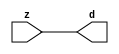

//------> /package/eda/mg/Catapult_10.3d/Mgc_home/pkgs/siflibs/mgc_in_wire_v2.v 
//------------------------------------------------------------------------------
// Catapult Synthesis - Sample I/O Port Library
//
// Copyright (c) 2003-2017 Mentor Graphics Corp.
//       All Rights Reserved
//
// This document may be used and distributed without restriction provided that
// this copyright statement is not removed from the file and that any derivative
// work contains this copyright notice.
//
// The design information contained in this file is intended to be an example
// of the functionality which the end user may study in preparation for creating
// their own custom interfaces. This design does not necessarily present a 
// complete implementation of the named protocol or standard.
//
//------------------------------------------------------------------------------


module mgc_in_wire_v2 (d, z);

  parameter integer rscid = 1;
  parameter integer width = 8;

  output [width-1:0] d;
  input  [width-1:0] z;

  wire   [width-1:0] d;

  assign d = z;

endmodule


//------> /package/eda/mg/Catapult_10.3d/Mgc_home/pkgs/siflibs/ccs_in_v1.v 
//------------------------------------------------------------------------------
// Catapult Synthesis - Sample I/O Port Library
//
// Copyright (c) 2003-2017 Mentor Graphics Corp.
//       All Rights Reserved
//
// This document may be used and distributed without restriction provided that
// this copyright statement is not removed from the file and that any derivative
// work contains this copyright notice.
//
// The design information contained in this file is intended to be an example
// of the functionality which the end user may study in preparation for creating
// their own custom interfaces. This design does not necessarily present a 
// complete implementation of the named protocol or standard.
//
//------------------------------------------------------------------------------


module ccs_in_v1 (idat, dat);

  parameter integer rscid = 1;
  parameter integer width = 8;

  output [width-1:0] idat;
  input  [width-1:0] dat;

  wire   [width-1:0] idat;

  assign idat = dat;

endmodule


//------> /package/eda/mg/Catapult_10.3d/Mgc_home/pkgs/siflibs/ccs_out_v1.v 
//------------------------------------------------------------------------------
// Catapult Synthesis - Sample I/O Port Library
//
// Copyright (c) 2003-2015 Mentor Graphics Corp.
//       All Rights Reserved
//
// This document may be used and distributed without restriction provided that
// this copyright statement is not removed from the file and that any derivative
// work contains this copyright notice.
//
// The design information contained in this file is intended to be an example
// of the functionality which the end user may study in preparation for creating
// their own custom interfaces. This design does not necessarily present a 
// complete implementation of the named protocol or standard.
//
//------------------------------------------------------------------------------

module ccs_out_v1 (dat, idat);

  parameter integer rscid = 1;
  parameter integer width = 8;

  output   [width-1:0] dat;
  input    [width-1:0] idat;

  wire     [width-1:0] dat;

  assign dat = idat;

endmodule




//------> /package/eda/mg/Catapult_10.3d/Mgc_home/pkgs/siflibs/mgc_io_sync_v2.v 
//------------------------------------------------------------------------------
// Catapult Synthesis - Sample I/O Port Library
//
// Copyright (c) 2003-2017 Mentor Graphics Corp.
//       All Rights Reserved
//
// This document may be used and distributed without restriction provided that
// this copyright statement is not removed from the file and that any derivative
// work contains this copyright notice.
//
// The design information contained in this file is intended to be an example
// of the functionality which the end user may study in preparation for creating
// their own custom interfaces. This design does not necessarily present a 
// complete implementation of the named protocol or standard.
//
//------------------------------------------------------------------------------


module mgc_io_sync_v2 (ld, lz);
    parameter valid = 0;

    input  ld;
    output lz;

    wire   lz;

    assign lz = ld;

endmodule


//------> /package/eda/mg/Catapult_10.3d/Mgc_home/pkgs/ccs_altera/hdl/M10K_DP.v 
// Memory Type:            M10K
// Operating Mode:         Simple Dual Port (2-PORT)
// Clock Mode:             Single Clock

// RTL Code RW Resolution: write-thru 
// Hardware RW Resolution: dont care 
// Catapult RW Resolution: unknown 

// HDL Work Library:       Altera_RAMS_lib
// Component Name:         M10K_DP

module M10K_DP
#(
  parameter data_width = 8,
  parameter addr_width = 7,
  parameter depth = 128 
)(
  clk, adra, adrb, wea, web, da, db, rea, reb, qa, qb
);

  input clk;                     // Rising edge clock
  input [addr_width-1:0] adra;   // Port A - Address
  input [addr_width-1:0] adrb;   // Port B - Address
  input wea;                     // Port A - Write-enable active high
  input web;                     // Port B - Write-enable active high
  input [data_width-1:0] da;     // Port A - Data In
  input [data_width-1:0] db;     // Port B - Data In
  input rea;                     // Port A - Read-enable active high
  input reb;                     // Port B - Read-enable active high
  output[data_width-1:0] qa;     // Port A - Data Out
  output[data_width-1:0] qb;     // Port B - Data Out

  reg [data_width-1:0] qa;
  reg [data_width-1:0] qb;

  (* ramstyle = "no_rw_check, M10K" *)
  reg [data_width-1:0] mem [depth-1:0]; /* synthesis syn_ramstyle = "no_rw_check, M10K" */

  always @(posedge clk) begin
    if (wea) begin
      mem[adra] <= da;
    end
    if (rea) begin
      qa <= mem[adra];
    end
  end

  always @(posedge clk) begin
    if (web) begin
      mem[adrb] <= db;
    end
    if (reb) begin
      qb <= mem[adrb] ;
    end
  end

endmodule


//------> ./rtl.v 
// ----------------------------------------------------------------------
//  HLS HDL:        Verilog Netlister
//  HLS Version:    10.3d/815731 Production Release
//  HLS Date:       Wed Apr 24 14:54:19 PDT 2019
// 
//  Generated by:   695r48@ecegrid-thin4.ecn.purdue.edu
//  Generated date: Wed Nov 10 15:45:23 2021
// ----------------------------------------------------------------------

// 
// ------------------------------------------------------------------
//  Design Unit:    fir_Altera_M10K_M10K_DP_rwport_4_16_5_32_32_16_gen
// ------------------------------------------------------------------


module fir_Altera_M10K_M10K_DP_rwport_4_16_5_32_32_16_gen (
  qb, reb, db, web, adrb, qa, rea, da, wea, adra, adra_d, wea_d, da_d, rea_d, qa_d,
      rwportA_rw_ram_ir_internal_RMASK_B_d, rwportA_rw_ram_ir_internal_WMASK_B_d
);
  input [15:0] qb;
  output reb;
  output [15:0] db;
  output web;
  output [4:0] adrb;
  input [15:0] qa;
  output rea;
  output [15:0] da;
  output wea;
  output [4:0] adra;
  input [9:0] adra_d;
  input [1:0] wea_d;
  input [31:0] da_d;
  input [1:0] rea_d;
  output [31:0] qa_d;
  input [1:0] rwportA_rw_ram_ir_internal_RMASK_B_d;
  input [1:0] rwportA_rw_ram_ir_internal_WMASK_B_d;



  // Interconnect Declarations for Component Instantiations 
  assign qa_d[31:16] = qb;
  assign reb = (rwportA_rw_ram_ir_internal_RMASK_B_d[1]);
  assign db = (da_d[31:16]);
  assign web = (rwportA_rw_ram_ir_internal_WMASK_B_d[1]);
  assign adrb = (adra_d[9:5]);
  assign qa_d[15:0] = qa;
  assign rea = (rwportA_rw_ram_ir_internal_RMASK_B_d[0]);
  assign da = (da_d[15:0]);
  assign wea = (rwportA_rw_ram_ir_internal_WMASK_B_d[0]);
  assign adra = (adra_d[4:0]);
endmodule

// ------------------------------------------------------------------
//  Design Unit:    fir_core_core_fsm
//  FSM Module
// ------------------------------------------------------------------


module fir_core_core_fsm (
  clk, rst, fsm_output, regs_vinit_C_1_tr0, MAC_C_3_tr0
);
  input clk;
  input rst;
  output [9:0] fsm_output;
  reg [9:0] fsm_output;
  input regs_vinit_C_1_tr0;
  input MAC_C_3_tr0;


  // FSM State Type Declaration for fir_core_core_fsm_1
  parameter
    core_rlp_C_0 = 4'd0,
    regs_vinit_C_0 = 4'd1,
    regs_vinit_C_1 = 4'd2,
    main_C_0 = 4'd3,
    main_C_1 = 4'd4,
    MAC_C_0 = 4'd5,
    MAC_C_1 = 4'd6,
    MAC_C_2 = 4'd7,
    MAC_C_3 = 4'd8,
    main_C_2 = 4'd9;

  reg [3:0] state_var;
  reg [3:0] state_var_NS;


  // Interconnect Declarations for Component Instantiations 
  always @(*)
  begin : fir_core_core_fsm_1
    case (state_var)
      regs_vinit_C_0 : begin
        fsm_output = 10'b0000000010;
        state_var_NS = regs_vinit_C_1;
      end
      regs_vinit_C_1 : begin
        fsm_output = 10'b0000000100;
        if ( regs_vinit_C_1_tr0 ) begin
          state_var_NS = regs_vinit_C_0;
        end
        else begin
          state_var_NS = main_C_0;
        end
      end
      main_C_0 : begin
        fsm_output = 10'b0000001000;
        state_var_NS = main_C_1;
      end
      main_C_1 : begin
        fsm_output = 10'b0000010000;
        state_var_NS = MAC_C_0;
      end
      MAC_C_0 : begin
        fsm_output = 10'b0000100000;
        state_var_NS = MAC_C_1;
      end
      MAC_C_1 : begin
        fsm_output = 10'b0001000000;
        state_var_NS = MAC_C_2;
      end
      MAC_C_2 : begin
        fsm_output = 10'b0010000000;
        state_var_NS = MAC_C_3;
      end
      MAC_C_3 : begin
        fsm_output = 10'b0100000000;
        if ( MAC_C_3_tr0 ) begin
          state_var_NS = main_C_2;
        end
        else begin
          state_var_NS = MAC_C_0;
        end
      end
      main_C_2 : begin
        fsm_output = 10'b1000000000;
        state_var_NS = main_C_0;
      end
      // core_rlp_C_0
      default : begin
        fsm_output = 10'b0000000001;
        state_var_NS = regs_vinit_C_0;
      end
    endcase
  end

  always @(posedge clk) begin
    if ( rst ) begin
      state_var <= core_rlp_C_0;
    end
    else begin
      state_var <= state_var_NS;
    end
  end

endmodule

// ------------------------------------------------------------------
//  Design Unit:    fir_core
// ------------------------------------------------------------------


module fir_core (
  clk, rst, coeffs_rsc_z, coeffs_rsc_triosy_lz, in1_rsc_dat, in1_rsc_triosy_lz, out1_rsc_dat,
      out1_rsc_triosy_lz, regs_rsci_adra_d, regs_rsci_wea_d, regs_rsci_da_d, regs_rsci_rea_d,
      regs_rsci_qa_d, regs_rsci_rwportA_rw_ram_ir_internal_RMASK_B_d, regs_rsci_rwportA_rw_ram_ir_internal_WMASK_B_d
);
  input clk;
  input rst;
  input [511:0] coeffs_rsc_z;
  output coeffs_rsc_triosy_lz;
  input [15:0] in1_rsc_dat;
  output in1_rsc_triosy_lz;
  output [15:0] out1_rsc_dat;
  output out1_rsc_triosy_lz;
  output [9:0] regs_rsci_adra_d;
  output [1:0] regs_rsci_wea_d;
  output [15:0] regs_rsci_da_d;
  output [1:0] regs_rsci_rea_d;
  input [31:0] regs_rsci_qa_d;
  output [1:0] regs_rsci_rwportA_rw_ram_ir_internal_RMASK_B_d;
  output [1:0] regs_rsci_rwportA_rw_ram_ir_internal_WMASK_B_d;


  // Interconnect Declarations
  wire [511:0] coeffs_rsci_d;
  wire [15:0] in1_rsci_idat;
  reg [15:0] out1_rsci_idat;
  wire [9:0] fsm_output;
  reg [4:0] MAC_MAC_or_1_itm;
  wire [4:0] wptr_4_0_lpi_2_dfm_1;
  reg [4:0] MAC_i_5_1_sva_1;
  reg regs_regs_nor_itm;
  reg [4:0] regs_acc_itm;
  reg reg_out1_rsc_triosy_obj_ld_cse;
  wire reg_out1_out1_and_cse;
  wire regs_and_cse;
  wire or_5_rmff;
  wire or_26_tmp;
  wire [4:0] z_out;
  wire [5:0] nl_z_out;
  wire [4:0] z_out_1;
  wire [5:0] nl_z_out_1;
  reg [29:0] acc_32_3_1_sva;
  reg [15:0] MAC_mux_itm;
  reg [15:0] MAC_mux_2_itm;
  reg [29:0] MAC_2_mul_itm;
  reg [3:0] MAC_i_5_1_sva_3_0;
  wire [29:0] acc_32_3_1_sva_2;
  wire [30:0] nl_acc_32_3_1_sva_2;

  wire[4:0] mux_nl;
  wire[0:0] and_57_nl;
  wire[0:0] not_19_nl;
  wire[4:0] MAC_MAC_or_1_nl;
  wire[4:0] MAC_2_else_acc_nl;
  wire[5:0] nl_MAC_2_else_acc_nl;
  wire[0:0] MAC_MAC_nor_2_nl;
  wire[0:0] or_21_nl;
  wire[15:0] MAC_mux_2_nl;
  wire[29:0] MAC_2_mul_nl;
  wire signed [31:0] nl_MAC_2_mul_nl;
  wire[29:0] MAC_acc_nl;
  wire[30:0] nl_MAC_acc_nl;
  wire[29:0] MAC_1_mul_nl;
  wire signed [31:0] nl_MAC_1_mul_nl;
  wire[0:0] MAC_MAC_nor_nl;
  wire[4:0] regs_regs_mux_nl;
  wire[4:0] regs_mux_2_nl;
  wire[4:0] else_mux_1_nl;

  // Interconnect Declarations for Component Instantiations 
  wire [0:0] nl_fir_core_core_fsm_inst_regs_vinit_C_1_tr0;
  assign nl_fir_core_core_fsm_inst_regs_vinit_C_1_tr0 = ~ regs_regs_nor_itm;
  wire [0:0] nl_fir_core_core_fsm_inst_MAC_C_3_tr0;
  assign nl_fir_core_core_fsm_inst_MAC_C_3_tr0 = MAC_i_5_1_sva_1[4];
  mgc_in_wire_v2 #(.rscid(32'sd1),
  .width(32'sd512)) coeffs_rsci (
      .d(coeffs_rsci_d),
      .z(coeffs_rsc_z)
    );
  ccs_in_v1 #(.rscid(32'sd2),
  .width(32'sd16)) in1_rsci (
      .dat(in1_rsc_dat),
      .idat(in1_rsci_idat)
    );
  ccs_out_v1 #(.rscid(32'sd3),
  .width(32'sd16)) out1_rsci (
      .idat(out1_rsci_idat),
      .dat(out1_rsc_dat)
    );
  mgc_io_sync_v2 #(.valid(32'sd0)) coeffs_rsc_triosy_obj (
      .ld(reg_out1_rsc_triosy_obj_ld_cse),
      .lz(coeffs_rsc_triosy_lz)
    );
  mgc_io_sync_v2 #(.valid(32'sd0)) in1_rsc_triosy_obj (
      .ld(reg_out1_rsc_triosy_obj_ld_cse),
      .lz(in1_rsc_triosy_lz)
    );
  mgc_io_sync_v2 #(.valid(32'sd0)) out1_rsc_triosy_obj (
      .ld(reg_out1_rsc_triosy_obj_ld_cse),
      .lz(out1_rsc_triosy_lz)
    );
  fir_core_core_fsm fir_core_core_fsm_inst (
      .clk(clk),
      .rst(rst),
      .fsm_output(fsm_output),
      .regs_vinit_C_1_tr0(nl_fir_core_core_fsm_inst_regs_vinit_C_1_tr0[0:0]),
      .MAC_C_3_tr0(nl_fir_core_core_fsm_inst_MAC_C_3_tr0[0:0])
    );
  assign reg_out1_out1_and_cse = (fsm_output[8]) & (MAC_i_5_1_sva_1[4]);
  assign or_5_rmff = (fsm_output[3]) | (fsm_output[1]);
  assign regs_and_cse = (fsm_output[2]) & regs_regs_nor_itm;
  assign or_26_tmp = regs_and_cse | ((regs_acc_itm==5'b11111) & (fsm_output[9]));
  assign nl_acc_32_3_1_sva_2 = MAC_2_mul_itm + acc_32_3_1_sva;
  assign acc_32_3_1_sva_2 = nl_acc_32_3_1_sva_2[29:0];
  assign MAC_MAC_nor_nl = ~((MAC_MAC_or_1_itm!=5'b00000));
  assign wptr_4_0_lpi_2_dfm_1 = MUX_v_5_2_2(z_out, 5'b11111, (MAC_MAC_nor_nl));
  assign regs_regs_mux_nl = MUX_v_5_2_2(regs_acc_itm, wptr_4_0_lpi_2_dfm_1, fsm_output[5]);
  assign regs_rsci_adra_d = {MAC_MAC_or_1_itm , (regs_regs_mux_nl)};
  assign regs_rsci_wea_d = {1'b0 , or_5_rmff};
  assign regs_rsci_rea_d = signext_2_1(fsm_output[5]);
  assign regs_rsci_rwportA_rw_ram_ir_internal_RMASK_B_d = signext_2_1(fsm_output[5]);
  assign regs_rsci_rwportA_rw_ram_ir_internal_WMASK_B_d = {1'b0 , or_5_rmff};
  assign regs_rsci_da_d = MUX_v_16_2_2(16'b0000000000000000, in1_rsci_idat, (fsm_output[3]));
  always @(posedge clk) begin
    if ( rst ) begin
      reg_out1_rsc_triosy_obj_ld_cse <= 1'b0;
      regs_regs_nor_itm <= 1'b0;
      MAC_i_5_1_sva_3_0 <= 4'b0000;
      MAC_MAC_or_1_itm <= 5'b00000;
      MAC_mux_2_itm <= 16'b0000000000000000;
      MAC_2_mul_itm <= 30'b000000000000000000000000000000;
    end
    else begin
      reg_out1_rsc_triosy_obj_ld_cse <= reg_out1_out1_and_cse;
      regs_regs_nor_itm <= ~((regs_acc_itm!=5'b00000));
      MAC_i_5_1_sva_3_0 <= MUX_v_4_2_2(4'b0000, (MAC_i_5_1_sva_1[3:0]), (fsm_output[8]));
      MAC_MAC_or_1_itm <= MUX1HOT_v_5_3_2(regs_acc_itm, (MAC_MAC_or_1_nl), MAC_MAC_or_1_itm,
          {(fsm_output[4]) , (fsm_output[5]) , (or_21_nl)});
      MAC_mux_2_itm <= MUX_v_16_2_2((MAC_mux_2_nl), (regs_rsci_qa_d[31:16]), fsm_output[6]);
      MAC_2_mul_itm <= MUX_v_30_2_2((MAC_2_mul_nl), (MAC_acc_nl), fsm_output[7]);
    end
  end
  always @(posedge clk) begin
    if ( rst ) begin
      out1_rsci_idat <= 16'b0000000000000000;
    end
    else if ( reg_out1_out1_and_cse ) begin
      out1_rsci_idat <= acc_32_3_1_sva_2[29:14];
    end
  end
  always @(posedge clk) begin
    if ( rst ) begin
      regs_acc_itm <= 5'b11111;
    end
    else if ( regs_and_cse | (fsm_output[1]) | (fsm_output[9]) ) begin
      regs_acc_itm <= MUX_v_5_2_2(5'b00000, (mux_nl), (not_19_nl));
    end
  end
  always @(posedge clk) begin
    if ( rst ) begin
      acc_32_3_1_sva <= 30'b000000000000000000000000000000;
    end
    else if ( (fsm_output[4]) | (fsm_output[8]) ) begin
      acc_32_3_1_sva <= MUX_v_30_2_2(30'b000000000000000000000000000000, acc_32_3_1_sva_2,
          (fsm_output[8]));
    end
  end
  always @(posedge clk) begin
    if ( rst ) begin
      MAC_i_5_1_sva_1 <= 5'b00000;
    end
    else if ( fsm_output[5] ) begin
      MAC_i_5_1_sva_1 <= z_out_1;
    end
  end
  always @(posedge clk) begin
    if ( rst ) begin
      MAC_mux_itm <= 16'b0000000000000000;
    end
    else if ( fsm_output[5] ) begin
      MAC_mux_itm <= MUX_v_16_16_2((coeffs_rsci_d[15:0]), (coeffs_rsci_d[47:32]),
          (coeffs_rsci_d[79:64]), (coeffs_rsci_d[111:96]), (coeffs_rsci_d[143:128]),
          (coeffs_rsci_d[175:160]), (coeffs_rsci_d[207:192]), (coeffs_rsci_d[239:224]),
          (coeffs_rsci_d[271:256]), (coeffs_rsci_d[303:288]), (coeffs_rsci_d[335:320]),
          (coeffs_rsci_d[367:352]), (coeffs_rsci_d[399:384]), (coeffs_rsci_d[431:416]),
          (coeffs_rsci_d[463:448]), (coeffs_rsci_d[495:480]), MAC_i_5_1_sva_3_0);
    end
  end
  assign nl_MAC_2_else_acc_nl = wptr_4_0_lpi_2_dfm_1 + 5'b11111;
  assign MAC_2_else_acc_nl = nl_MAC_2_else_acc_nl[4:0];
  assign MAC_MAC_nor_2_nl = ~((wptr_4_0_lpi_2_dfm_1!=5'b00000));
  assign MAC_MAC_or_1_nl = MUX_v_5_2_2((MAC_2_else_acc_nl), 5'b11111, (MAC_MAC_nor_2_nl));
  assign or_21_nl = (fsm_output[8:6]!=3'b000);
  assign MAC_mux_2_nl = MUX_v_16_16_2((coeffs_rsci_d[31:16]), (coeffs_rsci_d[63:48]),
      (coeffs_rsci_d[95:80]), (coeffs_rsci_d[127:112]), (coeffs_rsci_d[159:144]),
      (coeffs_rsci_d[191:176]), (coeffs_rsci_d[223:208]), (coeffs_rsci_d[255:240]),
      (coeffs_rsci_d[287:272]), (coeffs_rsci_d[319:304]), (coeffs_rsci_d[351:336]),
      (coeffs_rsci_d[383:368]), (coeffs_rsci_d[415:400]), (coeffs_rsci_d[447:432]),
      (coeffs_rsci_d[479:464]), (coeffs_rsci_d[511:496]), MAC_i_5_1_sva_3_0);
  assign nl_MAC_2_mul_nl = $signed((regs_rsci_qa_d[15:0])) * $signed(MAC_mux_2_itm);
  assign MAC_2_mul_nl = nl_MAC_2_mul_nl[29:0];
  assign nl_MAC_1_mul_nl = $signed(MAC_mux_2_itm) * $signed(MAC_mux_itm);
  assign MAC_1_mul_nl = nl_MAC_1_mul_nl[29:0];
  assign nl_MAC_acc_nl = (MAC_1_mul_nl) + MAC_2_mul_itm;
  assign MAC_acc_nl = nl_MAC_acc_nl[29:0];
  assign and_57_nl = (fsm_output[9]) & (~ or_26_tmp);
  assign mux_nl = MUX_v_5_2_2(z_out, z_out_1, and_57_nl);
  assign not_19_nl = ~ or_26_tmp;
  assign regs_mux_2_nl = MUX_v_5_2_2(regs_acc_itm, MAC_MAC_or_1_itm, fsm_output[5]);
  assign nl_z_out = (regs_mux_2_nl) + 5'b11111;
  assign z_out = nl_z_out[4:0];
  assign else_mux_1_nl = MUX_v_5_2_2(regs_acc_itm, ({1'b0 , MAC_i_5_1_sva_3_0}),
      fsm_output[5]);
  assign nl_z_out_1 = (else_mux_1_nl) + 5'b00001;
  assign z_out_1 = nl_z_out_1[4:0];

  function automatic [4:0] MUX1HOT_v_5_3_2;
    input [4:0] input_2;
    input [4:0] input_1;
    input [4:0] input_0;
    input [2:0] sel;
    reg [4:0] result;
  begin
    result = input_0 & {5{sel[0]}};
    result = result | ( input_1 & {5{sel[1]}});
    result = result | ( input_2 & {5{sel[2]}});
    MUX1HOT_v_5_3_2 = result;
  end
  endfunction


  function automatic [15:0] MUX_v_16_16_2;
    input [15:0] input_0;
    input [15:0] input_1;
    input [15:0] input_2;
    input [15:0] input_3;
    input [15:0] input_4;
    input [15:0] input_5;
    input [15:0] input_6;
    input [15:0] input_7;
    input [15:0] input_8;
    input [15:0] input_9;
    input [15:0] input_10;
    input [15:0] input_11;
    input [15:0] input_12;
    input [15:0] input_13;
    input [15:0] input_14;
    input [15:0] input_15;
    input [3:0] sel;
    reg [15:0] result;
  begin
    case (sel)
      4'b0000 : begin
        result = input_0;
      end
      4'b0001 : begin
        result = input_1;
      end
      4'b0010 : begin
        result = input_2;
      end
      4'b0011 : begin
        result = input_3;
      end
      4'b0100 : begin
        result = input_4;
      end
      4'b0101 : begin
        result = input_5;
      end
      4'b0110 : begin
        result = input_6;
      end
      4'b0111 : begin
        result = input_7;
      end
      4'b1000 : begin
        result = input_8;
      end
      4'b1001 : begin
        result = input_9;
      end
      4'b1010 : begin
        result = input_10;
      end
      4'b1011 : begin
        result = input_11;
      end
      4'b1100 : begin
        result = input_12;
      end
      4'b1101 : begin
        result = input_13;
      end
      4'b1110 : begin
        result = input_14;
      end
      default : begin
        result = input_15;
      end
    endcase
    MUX_v_16_16_2 = result;
  end
  endfunction


  function automatic [15:0] MUX_v_16_2_2;
    input [15:0] input_0;
    input [15:0] input_1;
    input [0:0] sel;
    reg [15:0] result;
  begin
    case (sel)
      1'b0 : begin
        result = input_0;
      end
      default : begin
        result = input_1;
      end
    endcase
    MUX_v_16_2_2 = result;
  end
  endfunction


  function automatic [29:0] MUX_v_30_2_2;
    input [29:0] input_0;
    input [29:0] input_1;
    input [0:0] sel;
    reg [29:0] result;
  begin
    case (sel)
      1'b0 : begin
        result = input_0;
      end
      default : begin
        result = input_1;
      end
    endcase
    MUX_v_30_2_2 = result;
  end
  endfunction


  function automatic [3:0] MUX_v_4_2_2;
    input [3:0] input_0;
    input [3:0] input_1;
    input [0:0] sel;
    reg [3:0] result;
  begin
    case (sel)
      1'b0 : begin
        result = input_0;
      end
      default : begin
        result = input_1;
      end
    endcase
    MUX_v_4_2_2 = result;
  end
  endfunction


  function automatic [4:0] MUX_v_5_2_2;
    input [4:0] input_0;
    input [4:0] input_1;
    input [0:0] sel;
    reg [4:0] result;
  begin
    case (sel)
      1'b0 : begin
        result = input_0;
      end
      default : begin
        result = input_1;
      end
    endcase
    MUX_v_5_2_2 = result;
  end
  endfunction


  function automatic [1:0] signext_2_1;
    input [0:0] vector;
  begin
    signext_2_1= {{1{vector[0]}}, vector};
  end
  endfunction

endmodule

// ------------------------------------------------------------------
//  Design Unit:    fir
// ------------------------------------------------------------------


module fir (
  clk, rst, coeffs_rsc_z, coeffs_rsc_triosy_lz, in1_rsc_dat, in1_rsc_triosy_lz, out1_rsc_dat,
      out1_rsc_triosy_lz
);
  input clk;
  input rst;
  input [511:0] coeffs_rsc_z;
  output coeffs_rsc_triosy_lz;
  input [15:0] in1_rsc_dat;
  output in1_rsc_triosy_lz;
  output [15:0] out1_rsc_dat;
  output out1_rsc_triosy_lz;


  // Interconnect Declarations
  wire [9:0] regs_rsci_adra_d;
  wire [1:0] regs_rsci_wea_d;
  wire [15:0] regs_rsci_da_d;
  wire [1:0] regs_rsci_rea_d;
  wire [31:0] regs_rsci_qa_d;
  wire [1:0] regs_rsci_rwportA_rw_ram_ir_internal_RMASK_B_d;
  wire [1:0] regs_rsci_rwportA_rw_ram_ir_internal_WMASK_B_d;
  wire [15:0] regs_rsc_qb;
  wire regs_rsc_reb;
  wire [15:0] regs_rsc_db;
  wire regs_rsc_web;
  wire [4:0] regs_rsc_adrb;
  wire [15:0] regs_rsc_qa;
  wire regs_rsc_rea;
  wire [15:0] regs_rsc_da;
  wire regs_rsc_wea;
  wire [4:0] regs_rsc_adra;


  // Interconnect Declarations for Component Instantiations 
  wire [31:0] nl_regs_rsci_da_d;
  assign nl_regs_rsci_da_d = {16'b0000000000000000 , regs_rsci_da_d};
  M10K_DP #(.data_width(32'sd16),
  .addr_width(32'sd5),
  .depth(32'sd32)) regs_rsc_comp (
      .clk(clk),
      .adra(regs_rsc_adra),
      .adrb(regs_rsc_adrb),
      .wea(regs_rsc_wea),
      .web(regs_rsc_web),
      .da(regs_rsc_da),
      .db(regs_rsc_db),
      .rea(regs_rsc_rea),
      .reb(regs_rsc_reb),
      .qa(regs_rsc_qa),
      .qb(regs_rsc_qb)
    );
  fir_Altera_M10K_M10K_DP_rwport_4_16_5_32_32_16_gen regs_rsci (
      .qb(regs_rsc_qb),
      .reb(regs_rsc_reb),
      .db(regs_rsc_db),
      .web(regs_rsc_web),
      .adrb(regs_rsc_adrb),
      .qa(regs_rsc_qa),
      .rea(regs_rsc_rea),
      .da(regs_rsc_da),
      .wea(regs_rsc_wea),
      .adra(regs_rsc_adra),
      .adra_d(regs_rsci_adra_d),
      .wea_d(regs_rsci_wea_d),
      .da_d(nl_regs_rsci_da_d[31:0]),
      .rea_d(regs_rsci_rea_d),
      .qa_d(regs_rsci_qa_d),
      .rwportA_rw_ram_ir_internal_RMASK_B_d(regs_rsci_rwportA_rw_ram_ir_internal_RMASK_B_d),
      .rwportA_rw_ram_ir_internal_WMASK_B_d(regs_rsci_rwportA_rw_ram_ir_internal_WMASK_B_d)
    );
  fir_core fir_core_inst (
      .clk(clk),
      .rst(rst),
      .coeffs_rsc_z(coeffs_rsc_z),
      .coeffs_rsc_triosy_lz(coeffs_rsc_triosy_lz),
      .in1_rsc_dat(in1_rsc_dat),
      .in1_rsc_triosy_lz(in1_rsc_triosy_lz),
      .out1_rsc_dat(out1_rsc_dat),
      .out1_rsc_triosy_lz(out1_rsc_triosy_lz),
      .regs_rsci_adra_d(regs_rsci_adra_d),
      .regs_rsci_wea_d(regs_rsci_wea_d),
      .regs_rsci_da_d(regs_rsci_da_d),
      .regs_rsci_rea_d(regs_rsci_rea_d),
      .regs_rsci_qa_d(regs_rsci_qa_d),
      .regs_rsci_rwportA_rw_ram_ir_internal_RMASK_B_d(regs_rsci_rwportA_rw_ram_ir_internal_RMASK_B_d),
      .regs_rsci_rwportA_rw_ram_ir_internal_WMASK_B_d(regs_rsci_rwportA_rw_ram_ir_internal_WMASK_B_d)
    );
endmodule